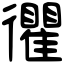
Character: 忂